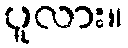
ပူလား။